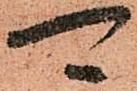
可